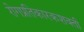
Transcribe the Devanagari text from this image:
रोगप्रतिकारकशक्ती